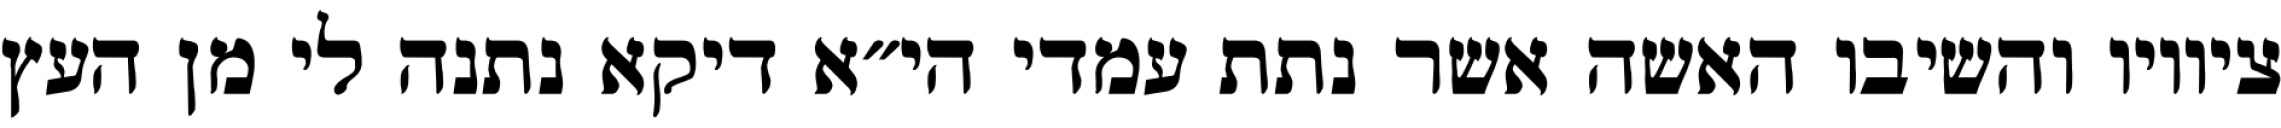
ציוויו והשיבו האשה אשר נתת עמדי הי״א דיקא נתנה לי מן העץ